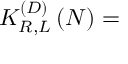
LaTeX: K _ { R , L } ^ { \left( D \right) } \left( N \right) =